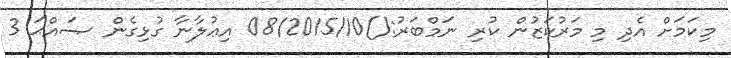
މިކަމަށް އެދި މި މަރުކަޒުން ކުރި ނަމްބަރު:()08/2015/10 އިޢުލާނާ ގުޅިގެން ޞައްޙަ 3